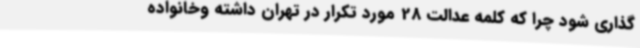
گذاری شود چرا که کلمه عدالت 28 مورد تکرار در تهران داشته وخانواده